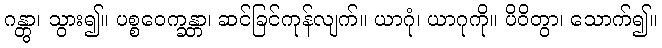
ဂန္တွာ၊ သွား၍။ ပစ္စဝေက္ခန္တာ၊ ဆင်ခြင်ကုန်လျက်။ ယာဂုံ၊ ယာဂုကို။ ပိဝိတွာ၊ သောက်၍။